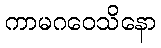
ကာမဂဝေသိနော